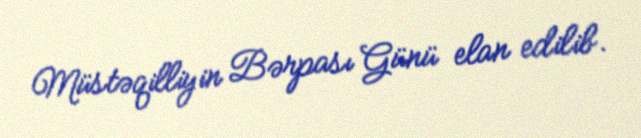
Müstəqilliyin Bərpası Günü elan edilib.